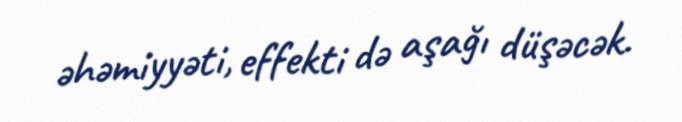
əhəmiyyəti, effekti də aşağı düşəcək.